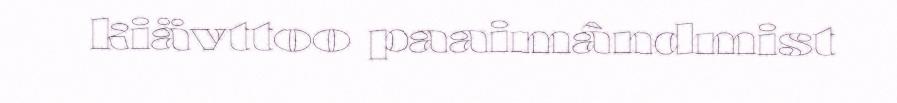
kiävttoo paaimândmist